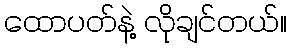
ထောပတ်နဲ့ လိုချင်တယ်။